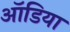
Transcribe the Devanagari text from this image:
ऑडिया